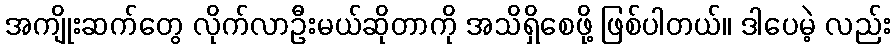
အကျိုးဆက်တွေ လိုက်လာဦးမယ်ဆိုတာကို အသိရှိစေဖို့ ဖြစ်ပါတယ်။ ဒါပေမဲ့ လည်း